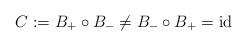
LaTeX: \begin{align*}C:=B_+\circ B_-\not=B_-\circ B_+={\rm id}\end{align*}